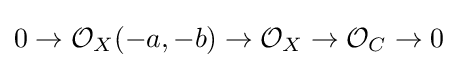
0\to {\mathcal {O}}_{X}(-a,-b)\to {\mathcal {O}}_{X}\to {\mathcal {O}}_{C}\to 0